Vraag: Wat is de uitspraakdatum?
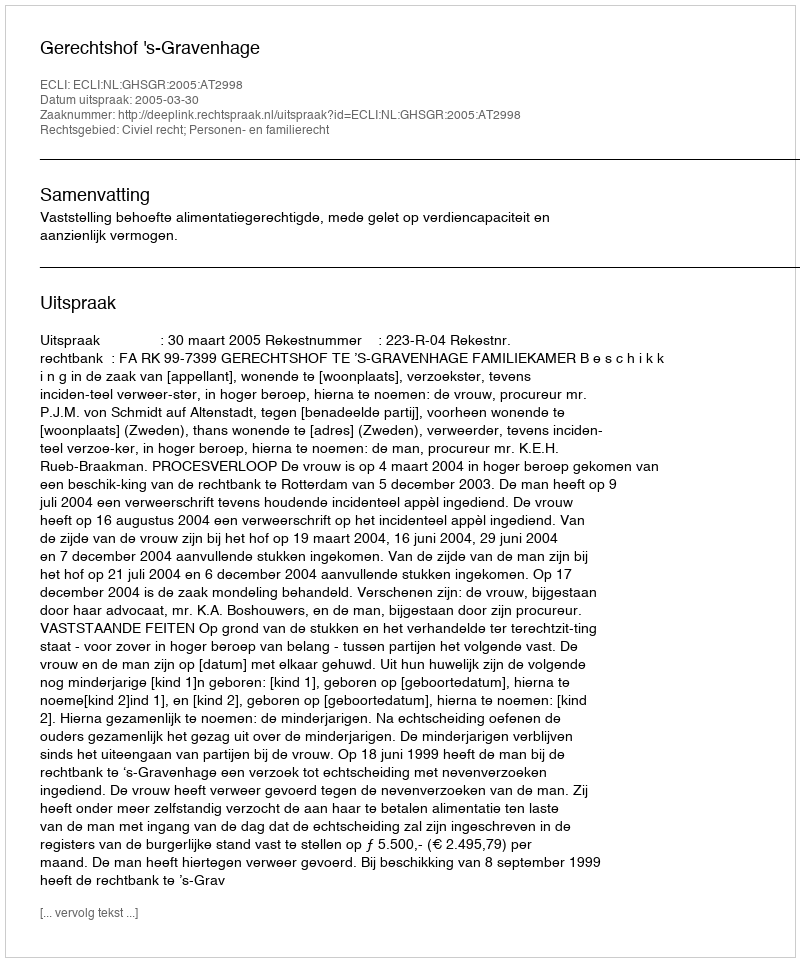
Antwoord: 2005-03-30